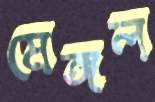
মেঙ্গল